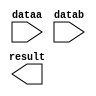
// megafunction wizard: %LPM_ADD_SUB%VBB%
// GENERATION: STANDARD
// VERSION: WM1.0
// MODULE: LPM_ADD_SUB 

// ============================================================
// Megafunction Name(s):
// 			LPM_ADD_SUB
//
// Simulation Library Files(s):
// 			lpm
// ============================================================
// ************************************************************
// THIS IS A WIZARD-GENERATED FILE. DO NOT EDIT THIS FILE!
//
// 13.1.0 Build 162 10/23/2013 SJ Full Version
// ************************************************************

//Copyright (C) 1991-2013 Altera Corporation
//Your use of Altera Corporation's design tools, logic functions 
//and other software and tools, and its AMPP partner logic 
//functions, and any output files from any of the foregoing 
//(including device programming or simulation files), and any 
//associated documentation or information are expressly subject 
//to the terms and conditions of the Altera Program License 
//Subscription Agreement, Altera MegaCore Function License 
//Agreement, or other applicable license agreement, including, 
//without limitation, that your use is for the sole purpose of 
//programming logic devices manufactured by Altera and sold by 
//Altera or its authorized distributors.  Please refer to the 
//applicable agreement for further details.

module lpm_sub_xes (
	dataa,
	datab,
	result);

	input	[9:0]  dataa;
	input	[9:0]  datab;
	output	[9:0]  result;

endmodule

// ============================================================
// CNX file retrieval info
// ============================================================
// Retrieval info: PRIVATE: CarryIn NUMERIC "0"
// Retrieval info: PRIVATE: CarryOut NUMERIC "0"
// Retrieval info: PRIVATE: ConstantA NUMERIC "0"
// Retrieval info: PRIVATE: ConstantB NUMERIC "0"
// Retrieval info: PRIVATE: Function NUMERIC "1"
// Retrieval info: PRIVATE: INTENDED_DEVICE_FAMILY STRING "Cyclone V"
// Retrieval info: PRIVATE: LPM_PIPELINE NUMERIC "0"
// Retrieval info: PRIVATE: Latency NUMERIC "0"
// Retrieval info: PRIVATE: Overflow NUMERIC "0"
// Retrieval info: PRIVATE: RadixA NUMERIC "10"
// Retrieval info: PRIVATE: RadixB NUMERIC "10"
// Retrieval info: PRIVATE: Representation NUMERIC "1"
// Retrieval info: PRIVATE: SYNTH_WRAPPER_GEN_POSTFIX STRING "0"
// Retrieval info: PRIVATE: ValidCtA NUMERIC "0"
// Retrieval info: PRIVATE: ValidCtB NUMERIC "0"
// Retrieval info: PRIVATE: WhichConstant NUMERIC "0"
// Retrieval info: PRIVATE: aclr NUMERIC "0"
// Retrieval info: PRIVATE: clken NUMERIC "0"
// Retrieval info: PRIVATE: nBit NUMERIC "10"
// Retrieval info: PRIVATE: new_diagram STRING "1"
// Retrieval info: LIBRARY: lpm lpm.lpm_components.all
// Retrieval info: CONSTANT: LPM_DIRECTION STRING "SUB"
// Retrieval info: CONSTANT: LPM_HINT STRING "ONE_INPUT_IS_CONSTANT=NO,CIN_USED=NO"
// Retrieval info: CONSTANT: LPM_REPRESENTATION STRING "UNSIGNED"
// Retrieval info: CONSTANT: LPM_TYPE STRING "LPM_ADD_SUB"
// Retrieval info: CONSTANT: LPM_WIDTH NUMERIC "10"
// Retrieval info: USED_PORT: dataa 0 0 10 0 INPUT NODEFVAL "dataa[9..0]"
// Retrieval info: USED_PORT: datab 0 0 10 0 INPUT NODEFVAL "datab[9..0]"
// Retrieval info: USED_PORT: result 0 0 10 0 OUTPUT NODEFVAL "result[9..0]"
// Retrieval info: CONNECT: @dataa 0 0 10 0 dataa 0 0 10 0
// Retrieval info: CONNECT: @datab 0 0 10 0 datab 0 0 10 0
// Retrieval info: CONNECT: result 0 0 10 0 @result 0 0 10 0
// Retrieval info: GEN_FILE: TYPE_NORMAL lpm_sub_xes.v TRUE
// Retrieval info: GEN_FILE: TYPE_NORMAL lpm_sub_xes.inc FALSE
// Retrieval info: GEN_FILE: TYPE_NORMAL lpm_sub_xes.cmp FALSE
// Retrieval info: GEN_FILE: TYPE_NORMAL lpm_sub_xes.bsf TRUE FALSE
// Retrieval info: GEN_FILE: TYPE_NORMAL lpm_sub_xes_inst.v FALSE
// Retrieval info: GEN_FILE: TYPE_NORMAL lpm_sub_xes_bb.v TRUE
// Retrieval info: LIB_FILE: lpm